Leningradi_Edasi_toimetus, lk 200
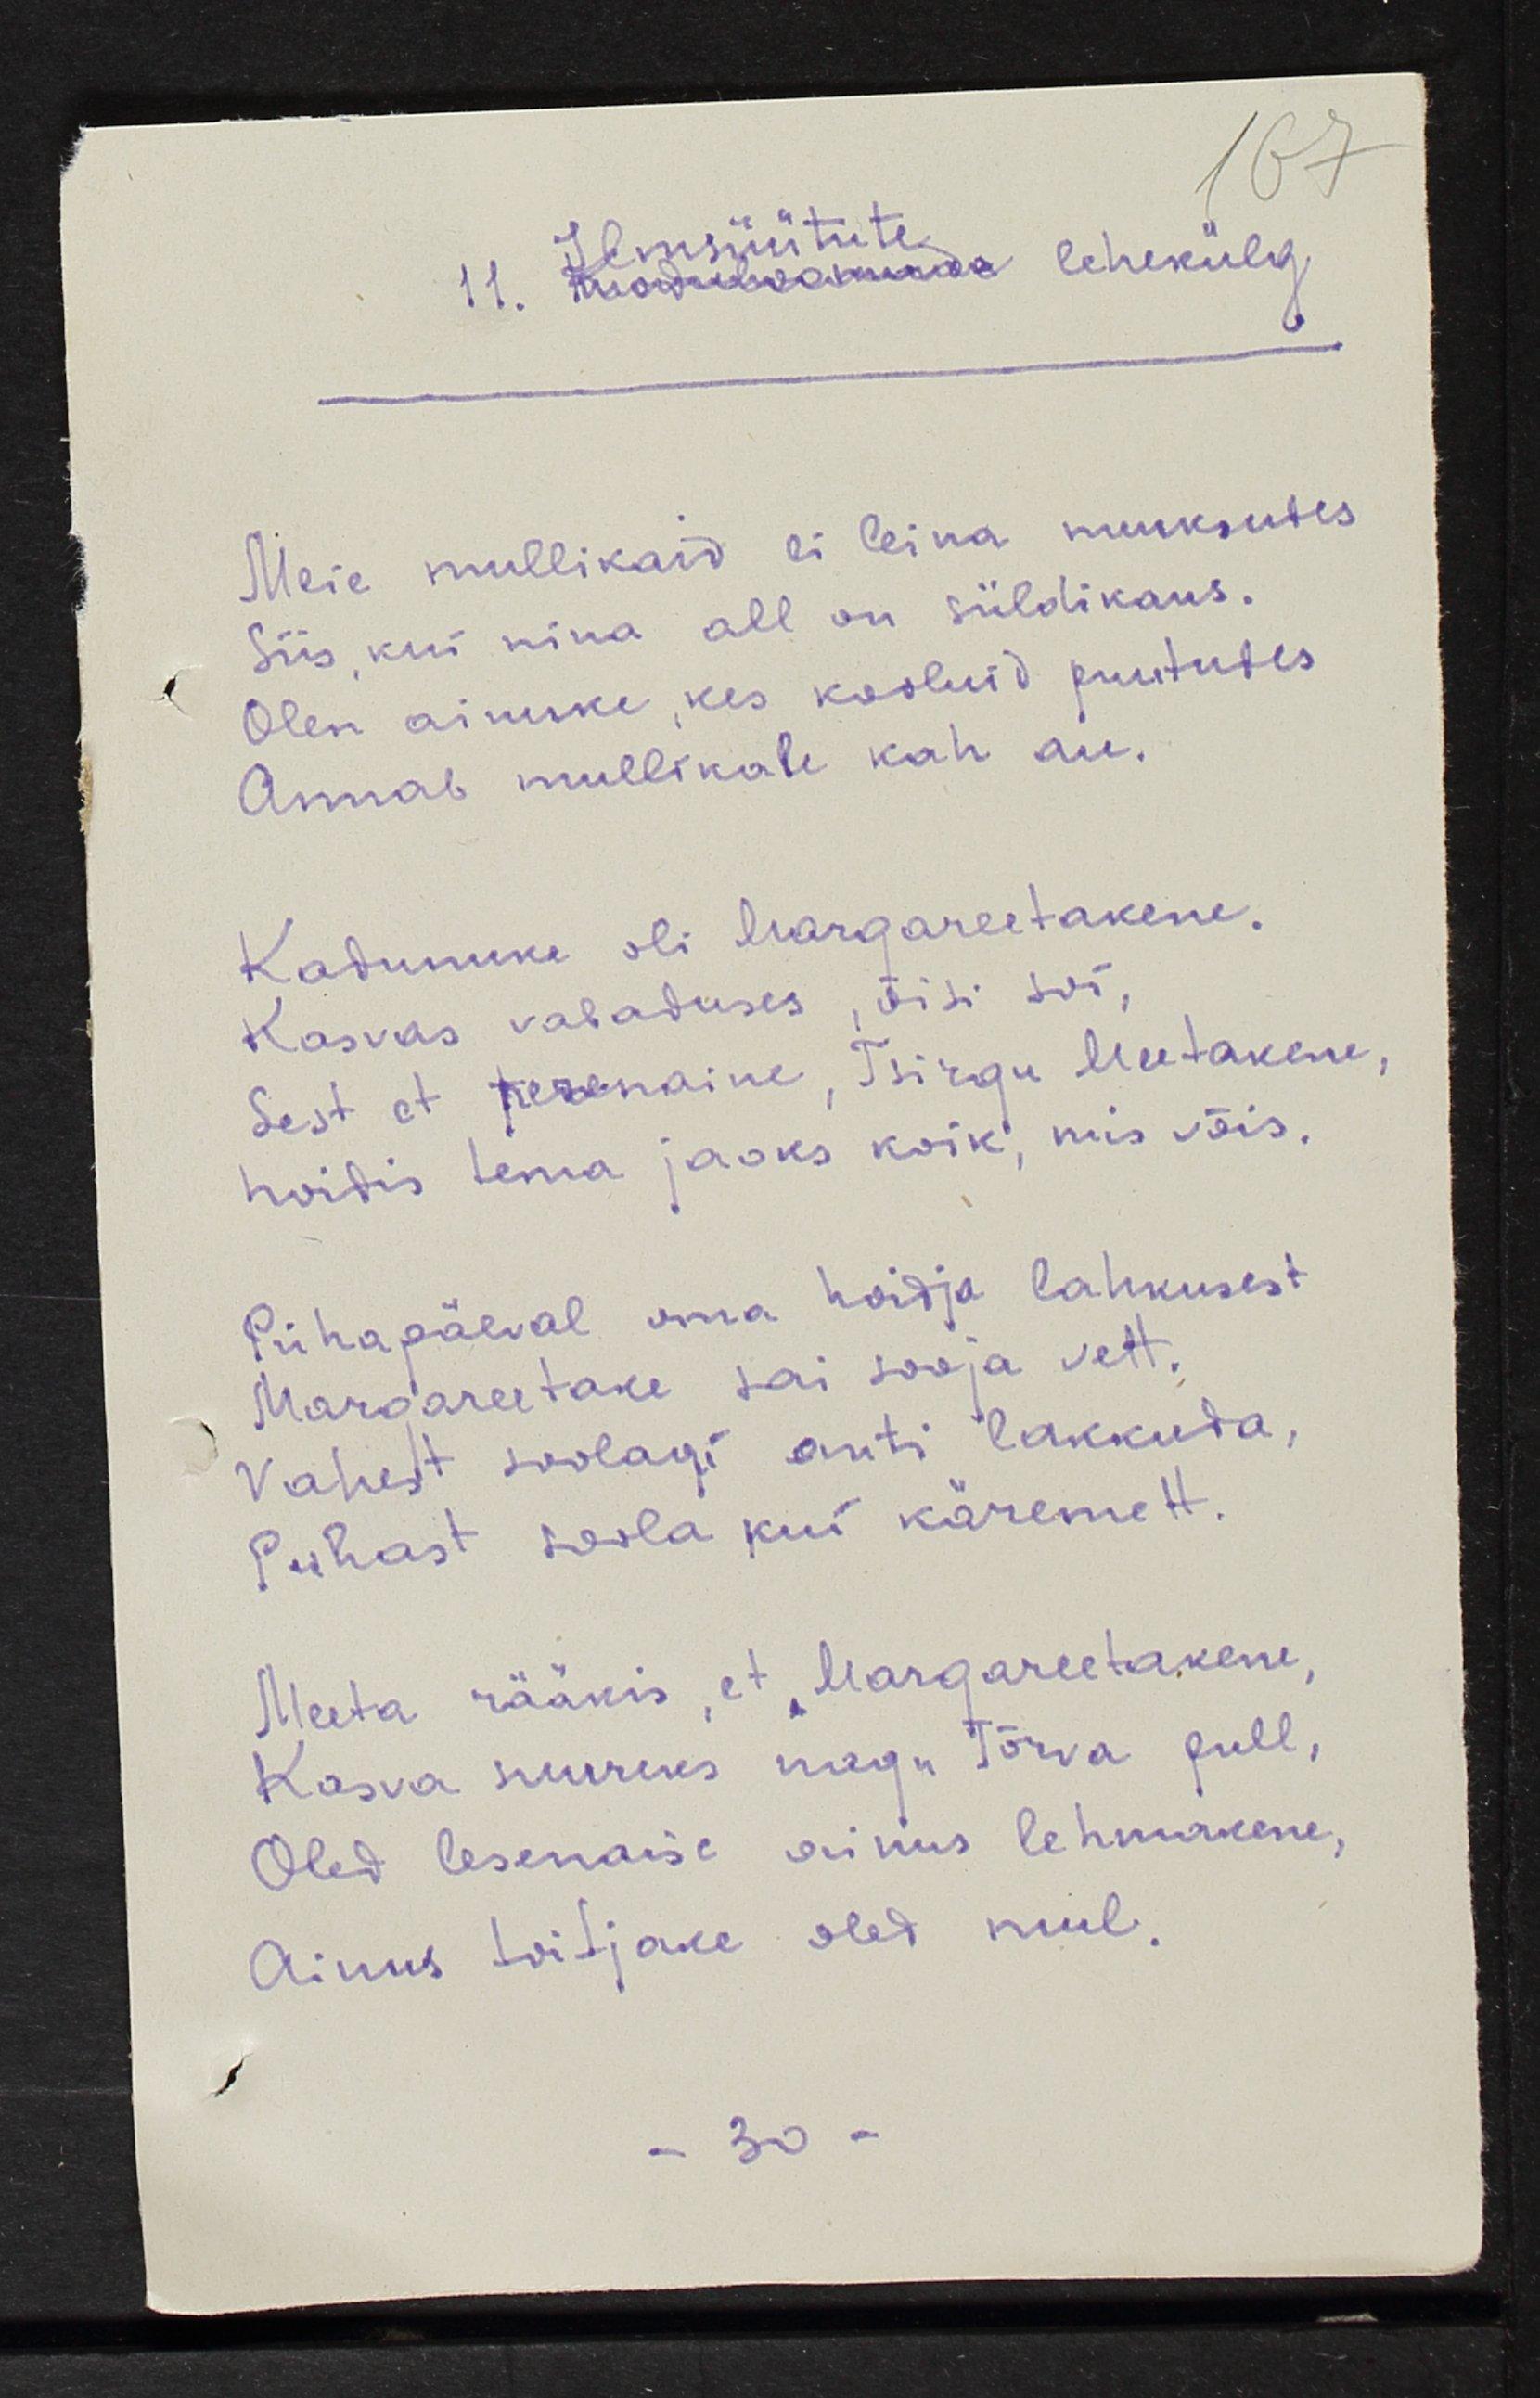
Ilmsüütute
lehekülg
Meie mullikaid ei leina nuuksudes
Siis, kui nina all on süldikaus.
Olen ainuke, kes kooluid puutudes
Annab mullikale kah au.
Kadunuke oli Margareetake
Kasvas vabaduses, õisi soi,
Sest et perenaine, Tsirgu Meetakene
hoidis tema jaoks koik, mis võis.
Pühapäeval oma hoidja lahkusest
Margareetake sai sooja vett.
Vahest soolagi anti lakkuda, 
Puhast soola kui käremett.
Meeta rääkis, et Margareetakene,
Kasva suureks nagu Tõrva pull,
Oled lesenaise ainus lehmakene
Ainus toitjake oled mul.